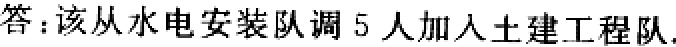
答：该从水电安装队调 5 人加入土建工程队.